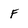
Character: F